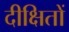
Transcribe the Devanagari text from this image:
दीक्षितों